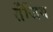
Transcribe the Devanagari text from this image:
तेंजिंग